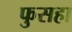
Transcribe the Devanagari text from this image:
फुसहा